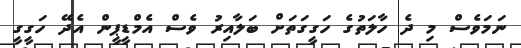
ނަމަވެސް މި ދެ ހާލަތުގެ ހަގީގަތަށް ބަލާއިރު ވެސް އެމްޑީޕީން އެދޭ ހަގީގީ